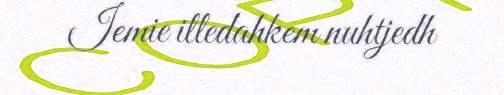
Iemie illedahkem nuhtjedh